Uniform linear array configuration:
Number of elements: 64
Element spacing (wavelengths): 0.75
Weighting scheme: cosine
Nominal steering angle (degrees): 15
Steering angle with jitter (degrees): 15.733
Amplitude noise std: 0.05
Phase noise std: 0.05

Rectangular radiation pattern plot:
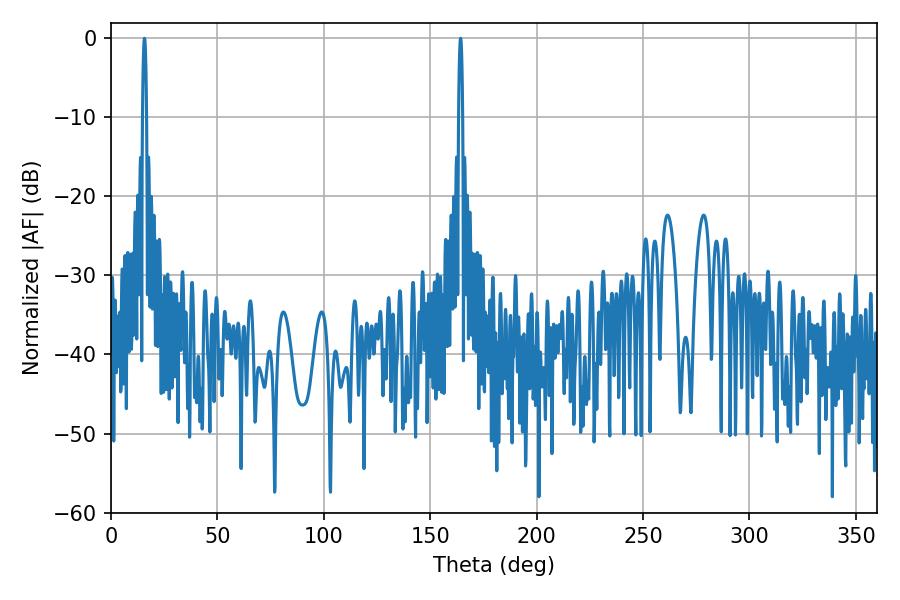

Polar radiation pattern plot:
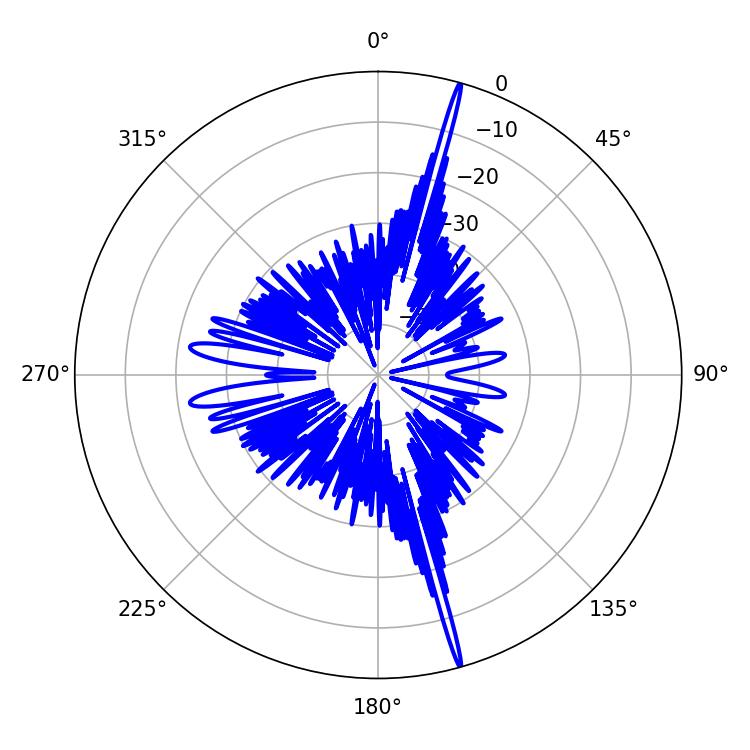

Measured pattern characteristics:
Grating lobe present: TRUE
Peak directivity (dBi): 22.77
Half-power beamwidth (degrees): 0.9
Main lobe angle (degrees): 15.66